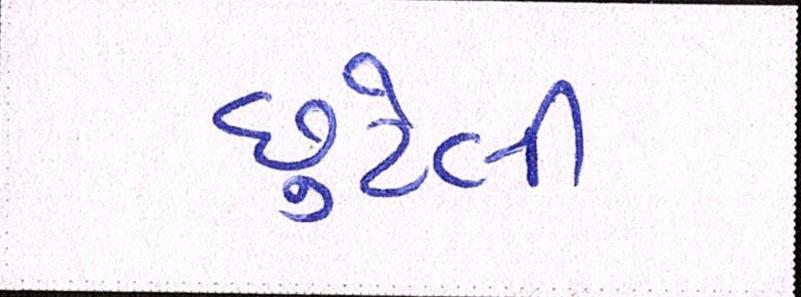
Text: છુટેલી